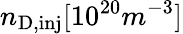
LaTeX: n_{\mathrm{D,inj}}[10^{20}m^{-3}]